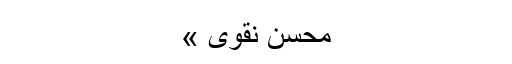
محسن نقوی »